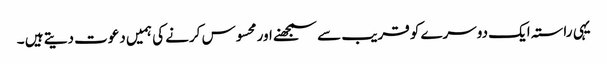
یہی راستہ ایک دوسرے کو قریب سے سمجھنے اور محسوس کرنے کی ہمیں دعوت دیتے ہیں ۔